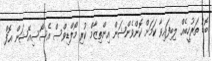
ބޮޑު ތަރުހީބެއް ލިބިފައިވާ ކަމަށް ކޮންވެންޝަން އިންތިޒާމް ކުރި މޯލްޑިވްސް އެސޯސިއޭޝަން އޮފް